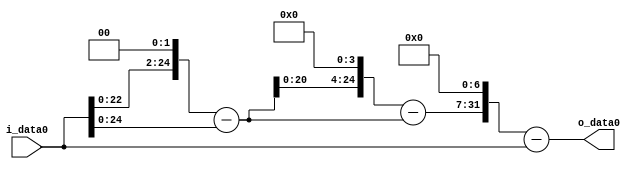
module multiplier_block_23 (
    i_data0,
    o_data0
);
  input   [31:0] i_data0;
  output  [31:0]
    o_data0;
  wire [31:0]
    w1,
    w4,
    w3,
    w48,
    w45,
    w5760,
    w5759;
  assign w1 = i_data0;
  assign w3 = w4 - w1;
  assign w4 = w1 << 2;
  assign w45 = w48 - w3;
  assign w48 = w3 << 4;
  assign w5759 = w5760 - w1;
  assign w5760 = w45 << 7;
  assign o_data0 = w5759;
endmodule